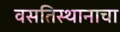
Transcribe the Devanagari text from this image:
वसतिस्थानाचा